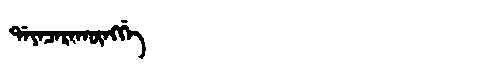
Manchu: ᡩᠠᠶᠠᠴᠠᡵᠠᡴᡡᠩᡤᡝ
Romanization: DAYACARAKŪNGGE